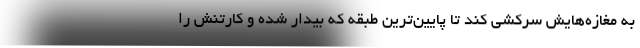
به مغازه‌هایش سرکشی کند تا پایین‌ترین طبقه که بیدار شده و کارتنش را